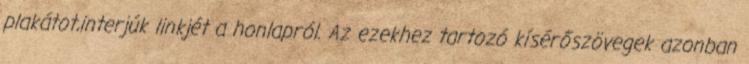
plakátot,interjúk linkjét a honlapról. Az ezekhez tartozó kísérőszövegek azonban